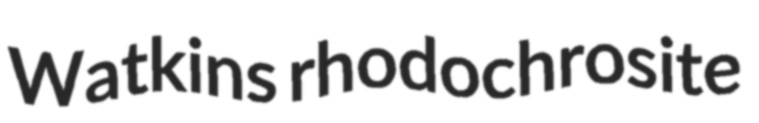
Watkins rhodochrosite